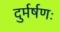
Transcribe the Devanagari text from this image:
दुर्मर्षणः